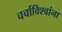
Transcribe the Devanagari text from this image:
चर्चाविश्वांना